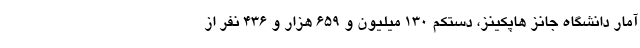
آمار دانشگاه جانز هاپکینز، دستکم ۱۳۰ میلیون و ۶۵۹ هزار و ۴۳۶ نفر از